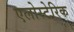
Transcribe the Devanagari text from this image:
एलोस्टेरिक